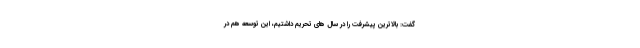
گفت: بالاترین پیشرفت را در سال های تحریم داشتیم، این توسعه هم در